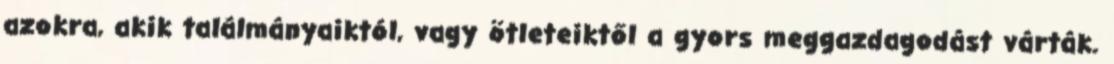
azokra, akik találmányaiktól, vagy ötleteiktől a gyors meggazdagodást várták.